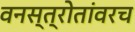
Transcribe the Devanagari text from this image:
वनस्त्रोतांवरच